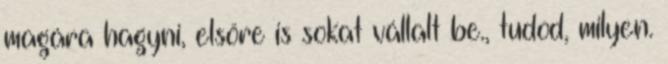
magára hagyni, elsőre is sokat vállalt be., tudod, milyen.